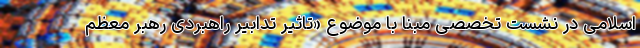
اسلامی ‌در نشست تخصصی مبنا با موضوع «تاثیر تدابیر راهبردی رهبر معظم